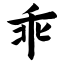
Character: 乖